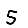
Digit: 5